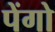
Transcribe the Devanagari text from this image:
पेंगो